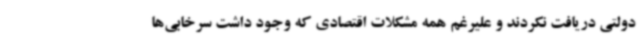
دولتی دریافت نکردند و علیرغم همه مشکلات اقتصادی که وجود داشت سرخابی‌ها